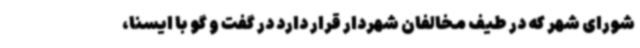
شورای شهر که در طیف مخالفان شهردار قرار دارد در گفت و گو با ایسنا،